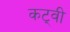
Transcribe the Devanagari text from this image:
कट्वी